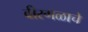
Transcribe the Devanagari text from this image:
वीरगळाचे